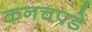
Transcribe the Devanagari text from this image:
कनचपडे़